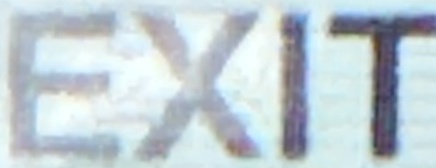
Exit